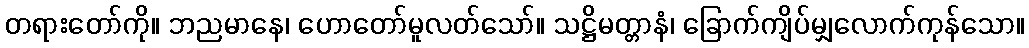
တရားတော်ကို။ ဘညမာနေ၊ ဟောတော်မူလတ်သော်။ သဋ္ဌိမတ္တာနံ၊ ခြောက်ကျိပ်မျှလောက်ကုန်သော။